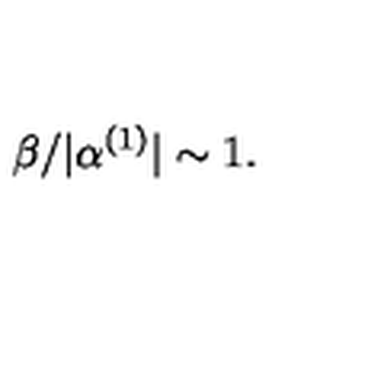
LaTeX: \beta / | \alpha ^ { ( 1 ) } | \sim 1 .